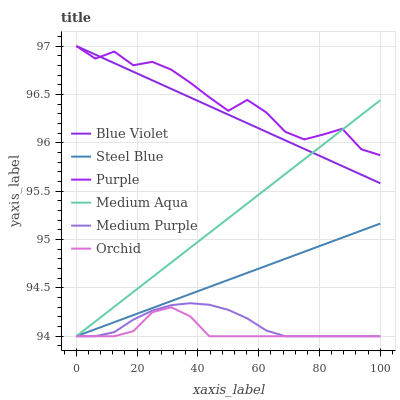
| xaxis_label | Blue Violet | Steel Blue | Purple | Medium Aqua | Medium Purple | Orchid |
 | --- | --- | --- | --- | --- | --- | --- |
 | 0 | 97 | 94 | 97 | 94 | 94 | 94 |
 | 6.25 | 96.9 | 94.1 | 96.9 | 94.2 | 94 | 94 |
 | 12.5 | 96.8 | 94.1 | 96.9 | 94.3 | 94 | 94 |
 | 18.8 | 96.7 | 94.2 | 96.8 | 94.5 | 94.2 | 94.1 |
 | 25 | 96.6 | 94.3 | 96.8 | 94.6 | 94.3 | 94.2 |
 | 31.2 | 96.6 | 94.4 | 96.8 | 94.8 | 94.3 | 94.3 |
 | 37.5 | 96.5 | 94.4 | 96.6 | 94.9 | 94.3 | 94.2 |
 | 43.8 | 96.4 | 94.5 | 96.5 | 95.1 | 94.3 | 94 |
 | 50 | 96.3 | 94.6 | 96.3 | 95.2 | 94.3 | 94 |
 | 56.2 | 96.2 | 94.7 | 96.4 | 95.4 | 94.2 | 94 |
 | 62.5 | 96.1 | 94.7 | 96.3 | 95.5 | 94.1 | 94 |
 | 68.8 | 96 | 94.8 | 96.1 | 95.7 | 94 | 94 |
 | 75 | 95.9 | 94.9 | 96 | 95.8 | 94 | 94 |
 | 81.2 | 95.8 | 94.9 | 96.1 | 96 | 94 | 94 |
 | 87.5 | 95.8 | 95 | 96.1 | 96.1 | 94 | 94 |
 | 93.8 | 95.7 | 95.1 | 95.9 | 96.3 | 94 | 94 |
 | 100 | 95.6 | 95.2 | 95.9 | 96.4 | 94 | 94 |